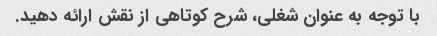
با توجه به عنوان شغلی، شرح کوتاهی از نقش ارائه دهید.